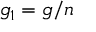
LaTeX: { \mathfrak { g } } _ { 1 } = { \mathfrak { g } } / { \mathfrak { n } }